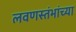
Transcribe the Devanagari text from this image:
लवणस्तंभांच्या